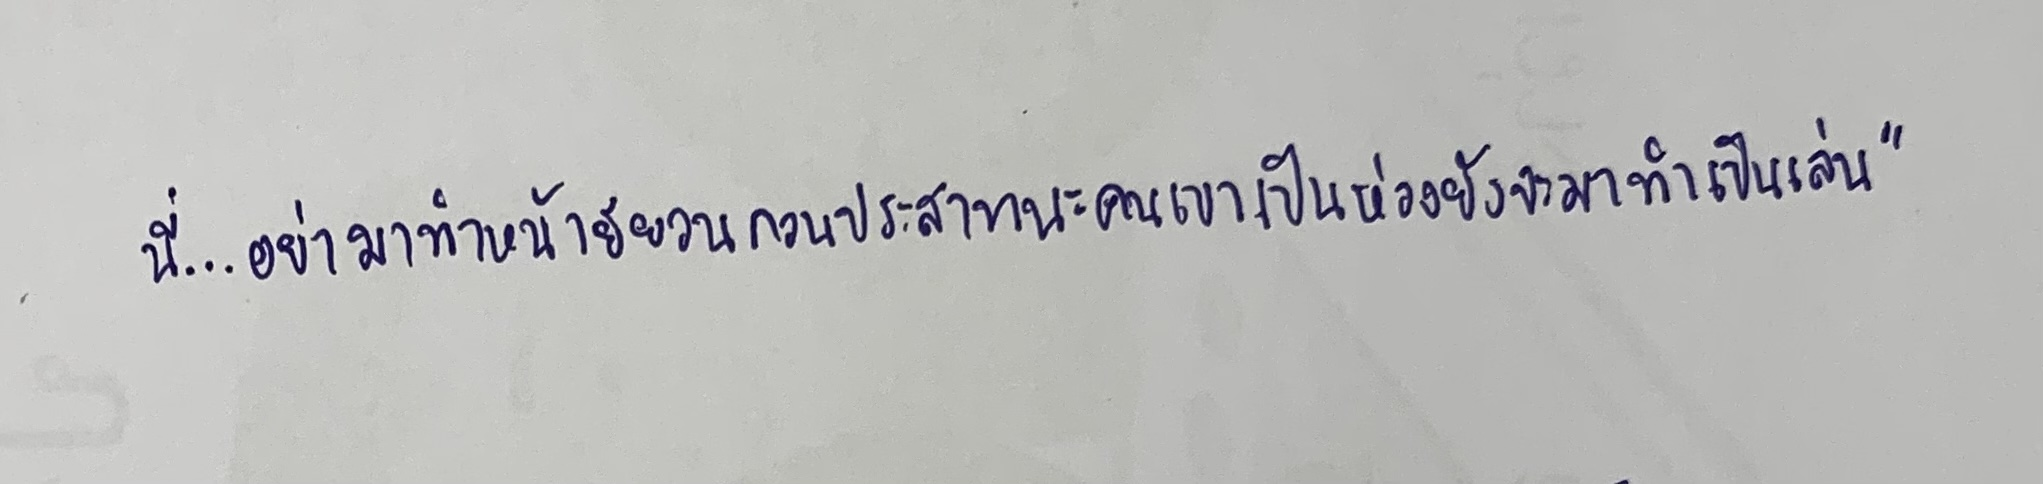
นี่...อย่ามาทำหน้ายียวนกวนประสาทนะคนเขาเป็นห่วงยังจะมาทำเป็นเล่น"